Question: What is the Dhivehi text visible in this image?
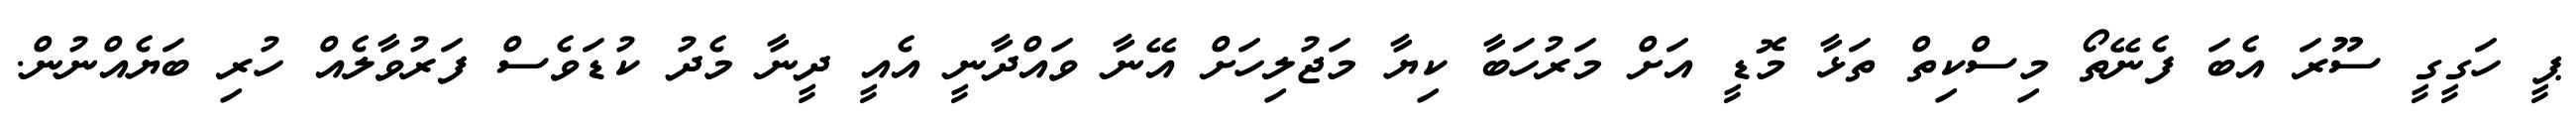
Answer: ޕީ ހަގީގީ ސޫރަ އެބަ ފެނޭތޯ މިސްކިތް ތަޅާ މޮޑީ އަށް މަރުހަބާ ކިޔާ މަޖުލިހަށް އޭނާ ވައްދާނީ އެއީ ދީނާ މެދު ކުޑަވެސް ފަރުވާލެއް ހުރި ބަޔެއްނުން.